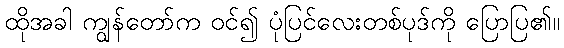
ထိုအခါ ကျွန်တော်က ဝင်၍ ပုံပြင်လေးတစ်ပုဒ်ကို ပြောပြ၏။